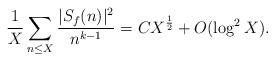
LaTeX: \begin{align*} \frac{1}{X} \sum_{n \leq X} \frac{\lvert S_f(n) \rvert^2}{n^{k-1}} = C X^{\frac{1}{2}} + O(\log^2 X).\end{align*}